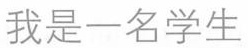
我是一名学生